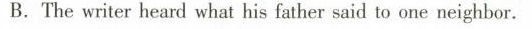
B. The writer heard what his father said to one neighbor.